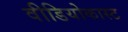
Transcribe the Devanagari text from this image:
वीडियोकास्ट